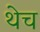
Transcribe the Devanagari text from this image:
थेच